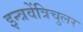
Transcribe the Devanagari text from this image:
इन्त्रवेंत्रिचुलर